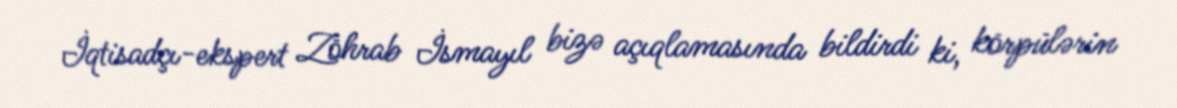
İqtisadçı-ekspert Zöhrab İsmayıl bizə açıqlamasında bildirdi ki, körpülərin